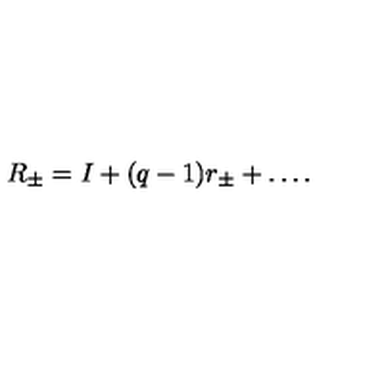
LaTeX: R _ { \pm } = I + ( q - 1 ) r _ { \pm } + \dots .